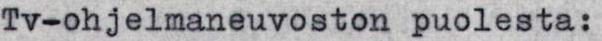
Tv-ohjelmaneuvoston puolesta: